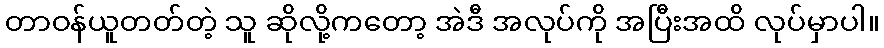
တာဝန်ယူတတ်တဲ့ သူ ဆိုလို့ကတော့ အဲဒီ အလုပ်ကို အပြီးအထိ လုပ်မှာပါ။